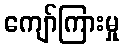
ကျော်ကြားမှု